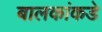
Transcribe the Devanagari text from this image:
बालकांकडे